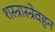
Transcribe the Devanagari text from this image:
शस्त्रास्त्रेवहन